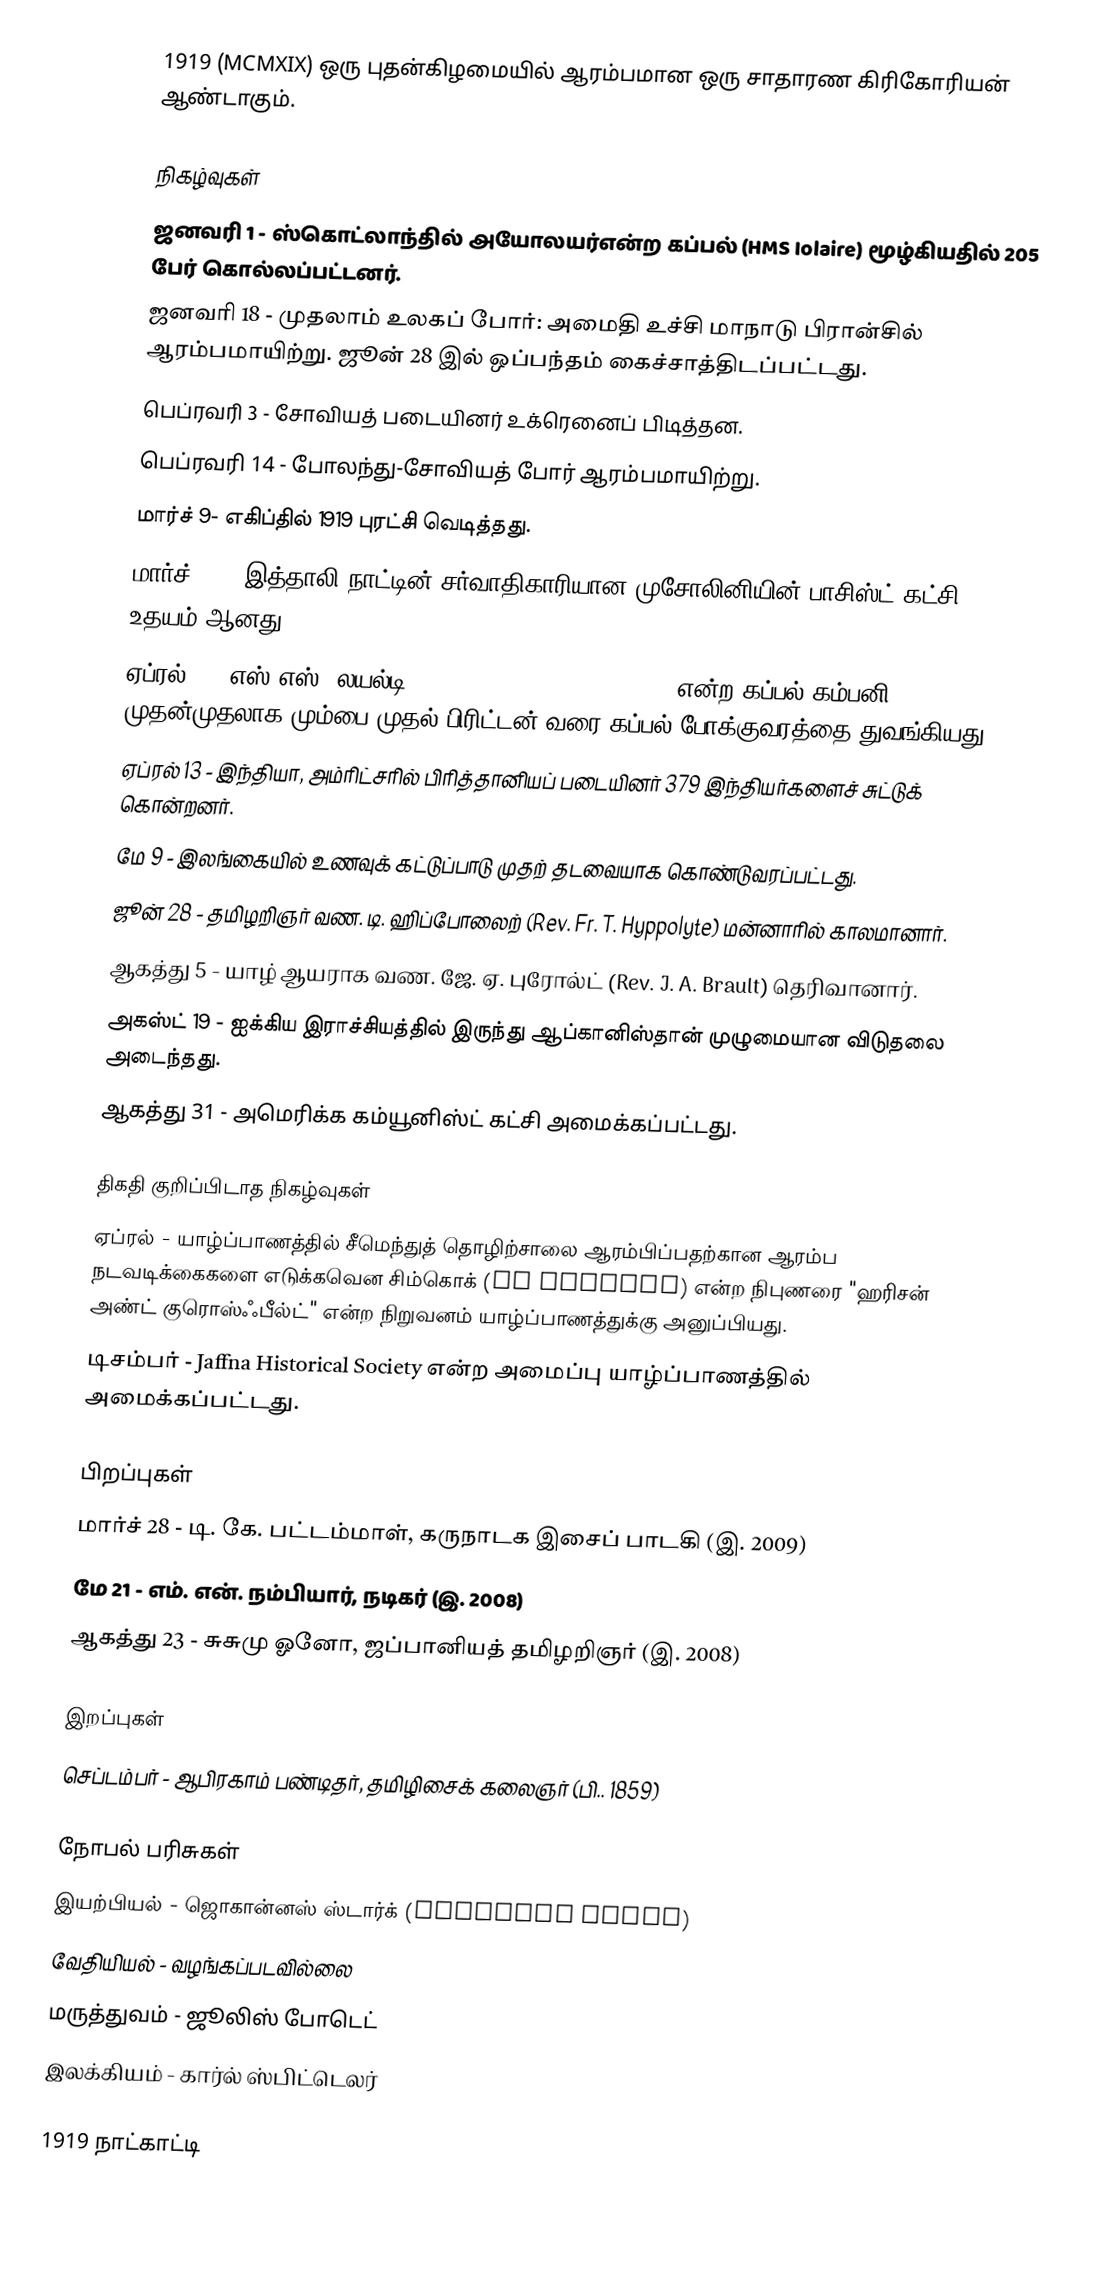
1919  (MCMXIX) ஒரு புதன்கிழமையில் ஆரம்பமான ஒரு சாதாரண கிரிகோரியன் ஆண்டாகும்.

நிகழ்வுகள்
 ஜனவரி 1 - ஸ்கொட்லாந்தில் அயோலயர்என்ற கப்பல் (HMS Iolaire) மூழ்கியதில் 205 பேர் கொல்லப்பட்டனர்.
 ஜனவரி 18 - முதலாம் உலகப் போர்: அமைதி உச்சி மாநாடு பிரான்சில் ஆரம்பமாயிற்று. ஜூன் 28 இல் ஒப்பந்தம் கைச்சாத்திடப்பட்டது.
 பெப்ரவரி 3 - சோவியத் படையினர் உக்ரெனைப் பிடித்தன.
 பெப்ரவரி 14 - போலந்து-சோவியத் போர் ஆரம்பமாயிற்று.
 மார்ச் 9- எகிப்தில் 1919 புரட்சி வெடித்தது.
 மார்ச் 23 - இத்தாலி நாட்டின் சர்வாதிகாரியான முசோலினியின் பாசிஸ்ட் கட்சி உதயம் ஆனது.
 ஏப்ரல் 5 - எஸ்.எஸ். லயல்டி (RMS Empress of India (1891))என்ற கப்பல் கம்பனி முதன்முதலாக மும்பை முதல் பிரிட்டன் வரை கப்பல் போக்குவரத்தை துவங்கியது.
 ஏப்ரல் 13 - இந்தியா, அம்ரிட்சரில் பிரித்தானியப் படையினர் 379 இந்தியர்களைச் சுட்டுக் கொன்றனர்.
 மே 9 - இலங்கையில் உணவுக் கட்டுப்பாடு முதற் தடவையாக கொண்டுவரப்பட்டது.
 ஜூன் 28 - தமிழறிஞர் வண. டி. ஹிப்போலைற் (Rev. Fr. T. Hyppolyte) மன்னாரில் காலமானார்.
 ஆகத்து 5 - யாழ் ஆயராக வண. ஜே. ஏ. புரோல்ட் (Rev. J. A. Brault) தெரிவானார்.
 அகஸ்ட் 19 - ஐக்கிய இராச்சியத்தில் இருந்து ஆப்கானிஸ்தான் முழுமையான விடுதலை அடைந்தது.
 ஆகத்து 31 - அமெரிக்க கம்யூனிஸ்ட் கட்சி அமைக்கப்பட்டது.

திகதி குறிப்பிடாத நிகழ்வுகள்
 ஏப்ரல் - யாழ்ப்பாணத்தில் சீமெந்துத் தொழிற்சாலை ஆரம்பிப்பதற்கான ஆரம்ப நடவடிக்கைகளை எடுக்கவென சிம்கொக் (Mr Simcock) என்ற நிபுணரை "ஹரிசன் அண்ட் குரொஸ்ஃபீல்ட்" என்ற நிறுவனம் யாழ்ப்பாணத்துக்கு அனுப்பியது.
 டிசம்பர் - Jaffna Historical Society என்ற அமைப்பு யாழ்ப்பாணத்தில் அமைக்கப்பட்டது.

பிறப்புகள்
 மார்ச் 28 - டி. கே. பட்டம்மாள், கருநாடக இசைப் பாடகி (இ. 2009)
 மே 21 - எம். என். நம்பியார், நடிகர் (இ. 2008)
 ஆகத்து 23 - சுசுமு ஓனோ, ஜப்பானியத் தமிழறிஞர் (இ. 2008)

இறப்புகள்
 செப்டம்பர் - ஆபிரகாம் பண்டிதர், தமிழிசைக் கலைஞர் (பி.. 1859)

நோபல் பரிசுகள்
 இயற்பியல் - ஜொகான்னஸ் ஸ்டார்க் (Johannes Stark)
 வேதியியல் - வழங்கப்படவில்லை
 மருத்துவம் - ஜூலிஸ் போடெட்
 இலக்கியம் - கார்ல் ஸ்பிட்டெலர்

1919 நாட்காட்டி